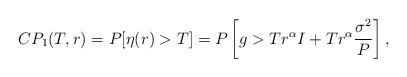
\begin{align*}CP_1(T,r)=P[\eta(r)>T]= P\left[g>T r^{\alpha}I+T r^{\alpha}\frac{\sigma^2}{P}\right] ,\end{align*}